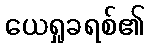
ယေရှုခရစ်၏